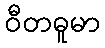
ဝီတဓူမာ